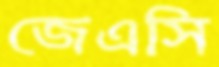
জেএসি